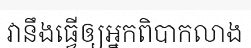
វានឹងធ្វើឲ្យអ្នកពិបាកលាង